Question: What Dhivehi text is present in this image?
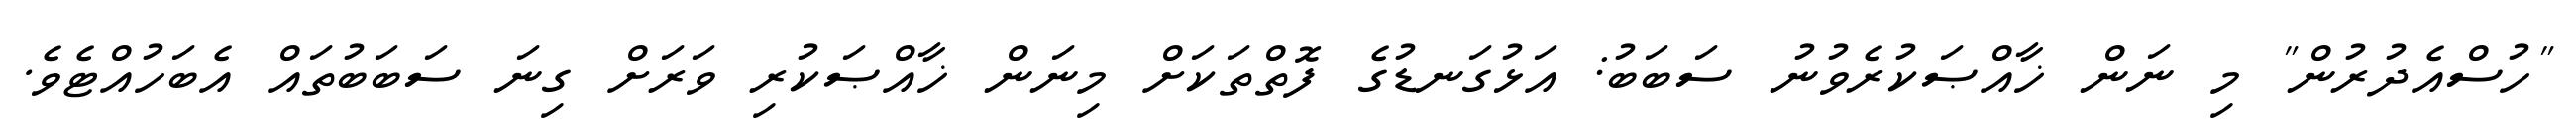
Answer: "ހުސްއެދުރުން" މި ނަން ޚާއްޞަކުރެވުނު ސަބަބު: އަޅުގަނޑުގެ ފޮތްތަކަށް މިނަން ޚާއްޞަކުރި ވަރަށް ގިނަ ސަބަބުތައް އެބަހުއްޓެވެ.